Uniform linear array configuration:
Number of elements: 4
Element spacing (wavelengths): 0.25
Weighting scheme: blackman
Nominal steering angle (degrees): -45
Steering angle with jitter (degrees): -45.993
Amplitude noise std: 0.05
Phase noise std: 0.05

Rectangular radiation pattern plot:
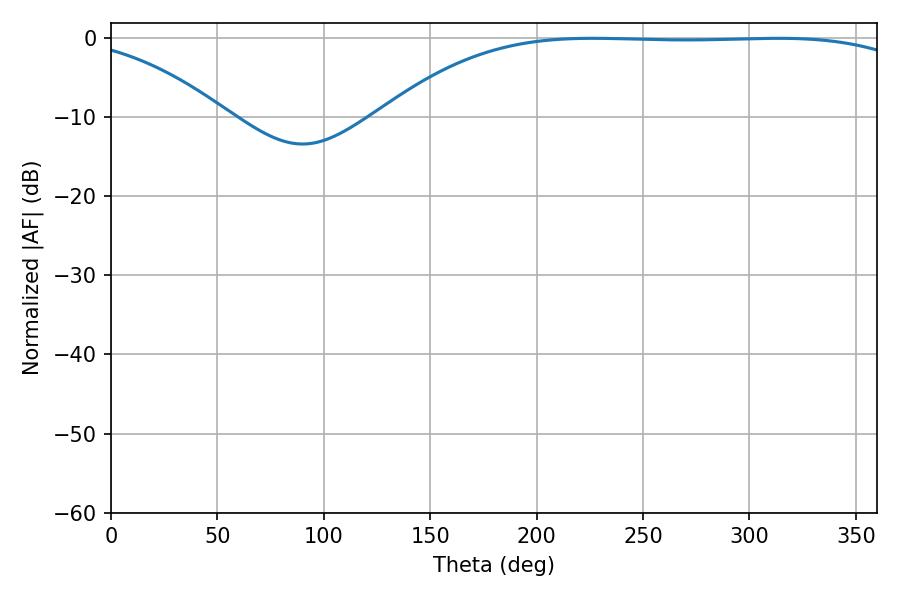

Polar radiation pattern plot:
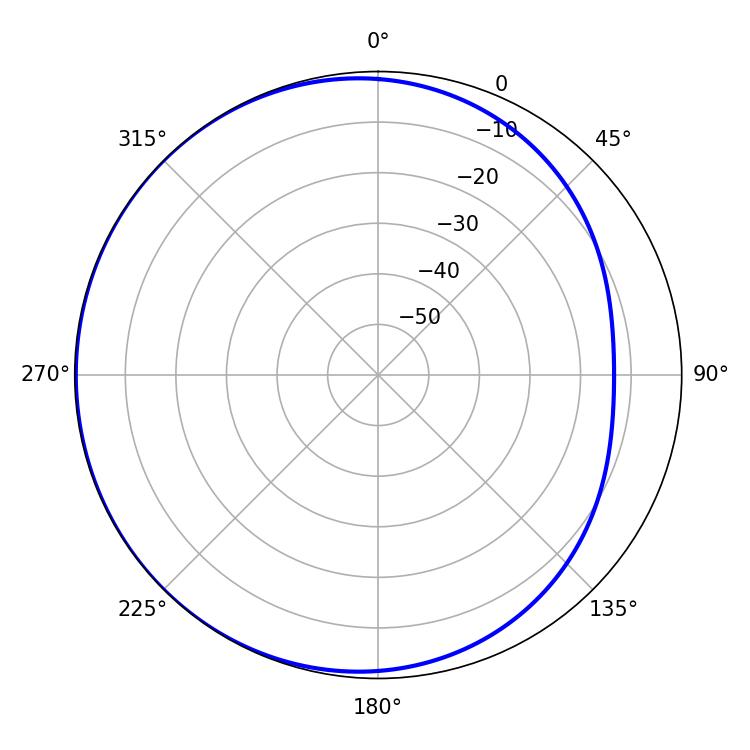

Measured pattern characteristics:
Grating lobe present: FALSE
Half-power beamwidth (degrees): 195.84
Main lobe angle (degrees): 226.44